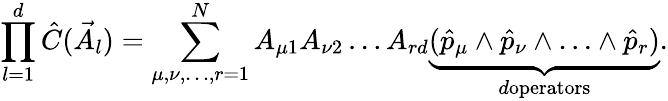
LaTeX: \prod_{l=1}^{d}\hat{C}(\vec{A}_{l})=\sum_{\mu,\nu,\ldots,r=1}^{N}A_{\mu 1}A_{\nu 2}\dots A_{rd}\underset{d\textrm{operators}}{\underbrace{(\hat{p}_{\mu}\wedge\hat{p}_{\nu}\wedge\ldots\wedge\hat{p}_{r})}}.